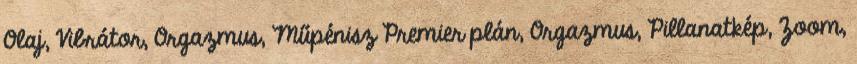
Olaj, Vibrátor, Orgazmus, Műpénisz Premier plán, Orgazmus, Pillanatkép, Zoom,